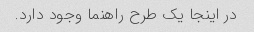
در اینجا یک طرح راهنما وجود دارد.